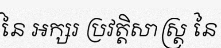
នៃ អក្សរ ប្រវត្តិសាស្ត្រ នៃ